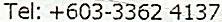
TEL: +603-3362 4137